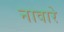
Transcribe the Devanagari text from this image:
नावारे